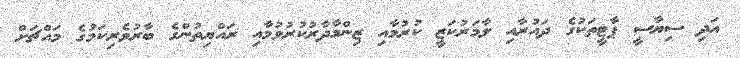
އަދި ސިޔާސީ ޕާޓީތަކުގެ ދައުރާއި ލާމަރުކަޒީ ކުރުމާއި ޒިންމާދާރުކުރުވުމާއި ރައްޔިތުންގެ ބާރުވެރިކަމުގެ މައްޗަށް